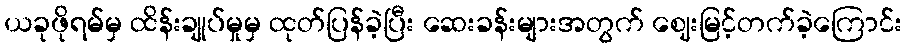
ယခုဖိုရမ်မှ ထိန်းချုပ်မှုမှ ထုတ်ပြန်ခဲ့ပြီး ဆေးခန်းများအတွက် ဈေးမြင့်တက်ခဲ့ကြောင်း